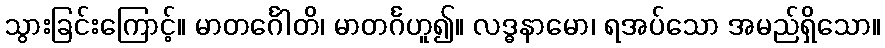
သွားခြင်းကြောင့်။ မာတင်္ဂေါတိ၊ မာတင်္ဂဟူ၍။ လဒ္ဓနာမော၊ ရအပ်သော အမည်ရှိသော။